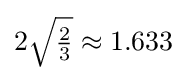
{\textstyle 2{\sqrt {\frac {2}{3}}}\approx 1.633}